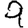
Digit: 9